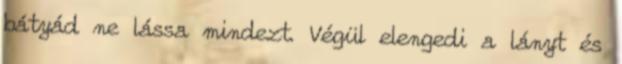
bátyád ne lássa mindezt. Végül elengedi a lányt és